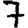
Digit: 7